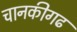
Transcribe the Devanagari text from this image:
चानकीगढ